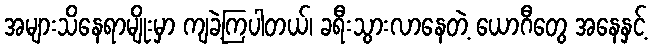
အများသိနေရာမျိုးမှာ ကျခဲ့ကြပါတယ်၊ ခရီးသွားလာနေတဲ့ ယောဂီတွေ အနေနှင့်